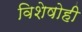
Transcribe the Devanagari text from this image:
विशेषोही